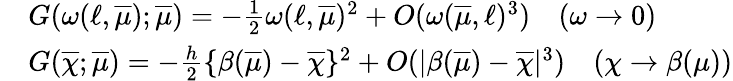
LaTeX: \begin{array}{rl}&{G(\omega(\ell,\overline{{\mu}});\overline{{\mu}})=-\frac{1}{2}\omega(\ell,\overline{{\mu}})^{2}+O(\omega(\overline{{\mu}},\ell)^{3})\ ~~~(\omega\to 0)}\\ &{G(\overline{{\chi}};\overline{{\mu}})=-\frac{h}{2}\{ \beta(\overline{{\mu}})-\overline{{\chi}}\} ^{2}+O(|\beta(\overline{{\mu}})-\overline{{\chi}}|^{3})\ ~~~(\chi\to\beta(\mu))}\end{array}